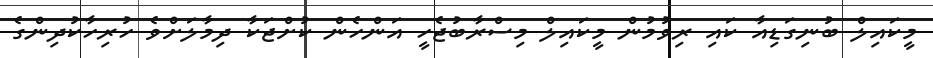
މީކައިލް ބުނިގަޑިއާ ކައި ރިވުމުން މީކައިލް މިސްރާބުޖެހީ އަންހެން ކުށްޖަކާ ދިމާލަށްވެ ހުރިހާކުދިންގެ